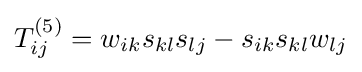
T_{ij}^{(5)}=w_{ik}s_{kl}s_{lj}-s_{ik}s_{kl}w_{lj}